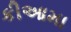
કીઆમા